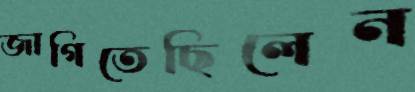
জাগিতেছিলেন